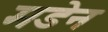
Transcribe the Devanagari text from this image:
मडेन